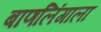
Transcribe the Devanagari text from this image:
बाणलिंगाला